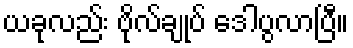
ယခုလည်း ဗိုလ်ချုပ် ဒေါပွလာပြီ။